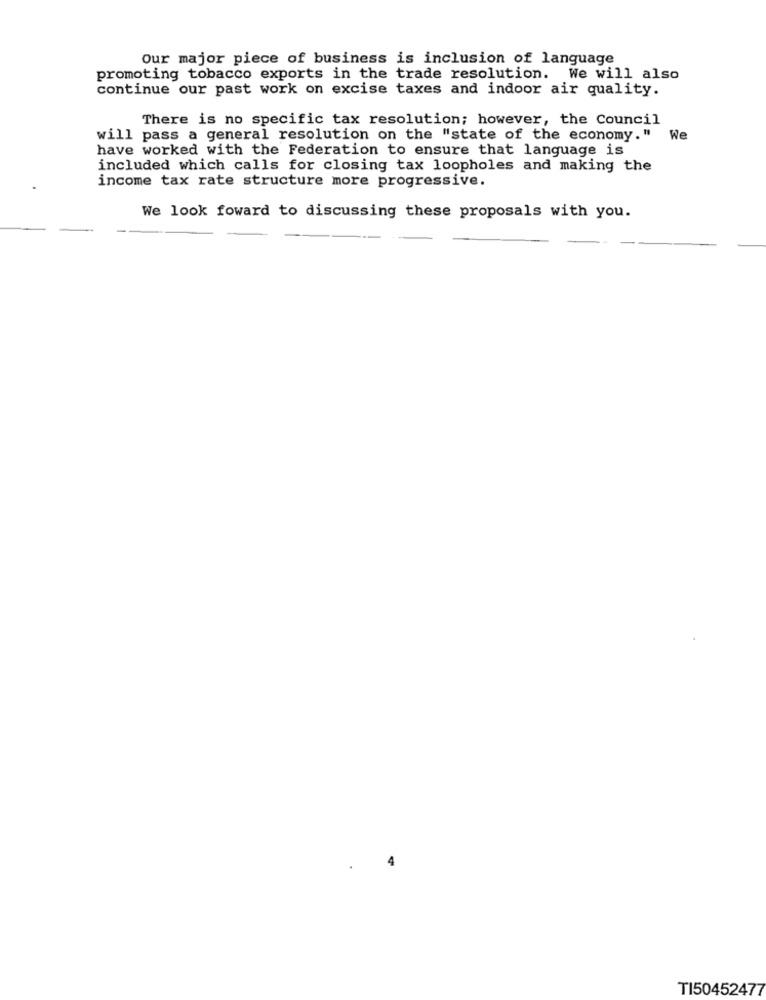
Our major piece of business is inclusion of language
promoting tobacco exports in the trade resolution. We will also
continue our past work on excise taxes and indoor air quality.
There is no specific tax resolution; however, the Council
will pass a general resolution on the "state of the economy." We
have worked with the Federation to ensure that language is
included which calls for closing tax loopholes and making the
income tax rate structure more progressive.
We look foward to discussing these proposals with you.
TI50452477